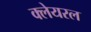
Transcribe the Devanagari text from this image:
क्लेयरल